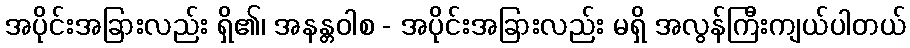
အပိုင်းအခြားလည်း ရှိ၏၊ အနန္တဝါစ - အပိုင်းအခြားလည်း မရှိ အလွန်ကြီးကျယ်ပါတယ်